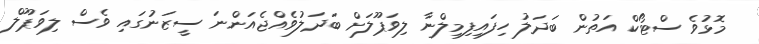
މޮޅުވެ ސްޓޯކް އަތުން ބަދަލު ހިފައިފިމިލްނާ ލިވަޕޫލަށް ބަދަލުވެއްޖެއަންނަ ސީޒަނުގައި ވެސް ލިވަޕޫލް